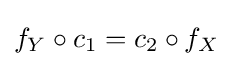
f_{Y}\circ c_{1}=c_{2}\circ f_{X}